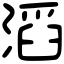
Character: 滔